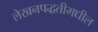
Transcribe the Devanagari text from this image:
लेखनपद्धतीमधील